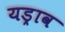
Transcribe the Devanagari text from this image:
यड्राव